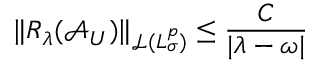
\Vert R _ { \lambda } ( \mathcal { A } _ { U } ) \Vert _ { \mathcal { L } ( L _ { \sigma } ^ { p } ) } \leq \frac { C } { | \lambda - \omega | }